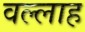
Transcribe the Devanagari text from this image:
वल्लाह